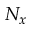
N _ { x }